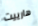
هارييت